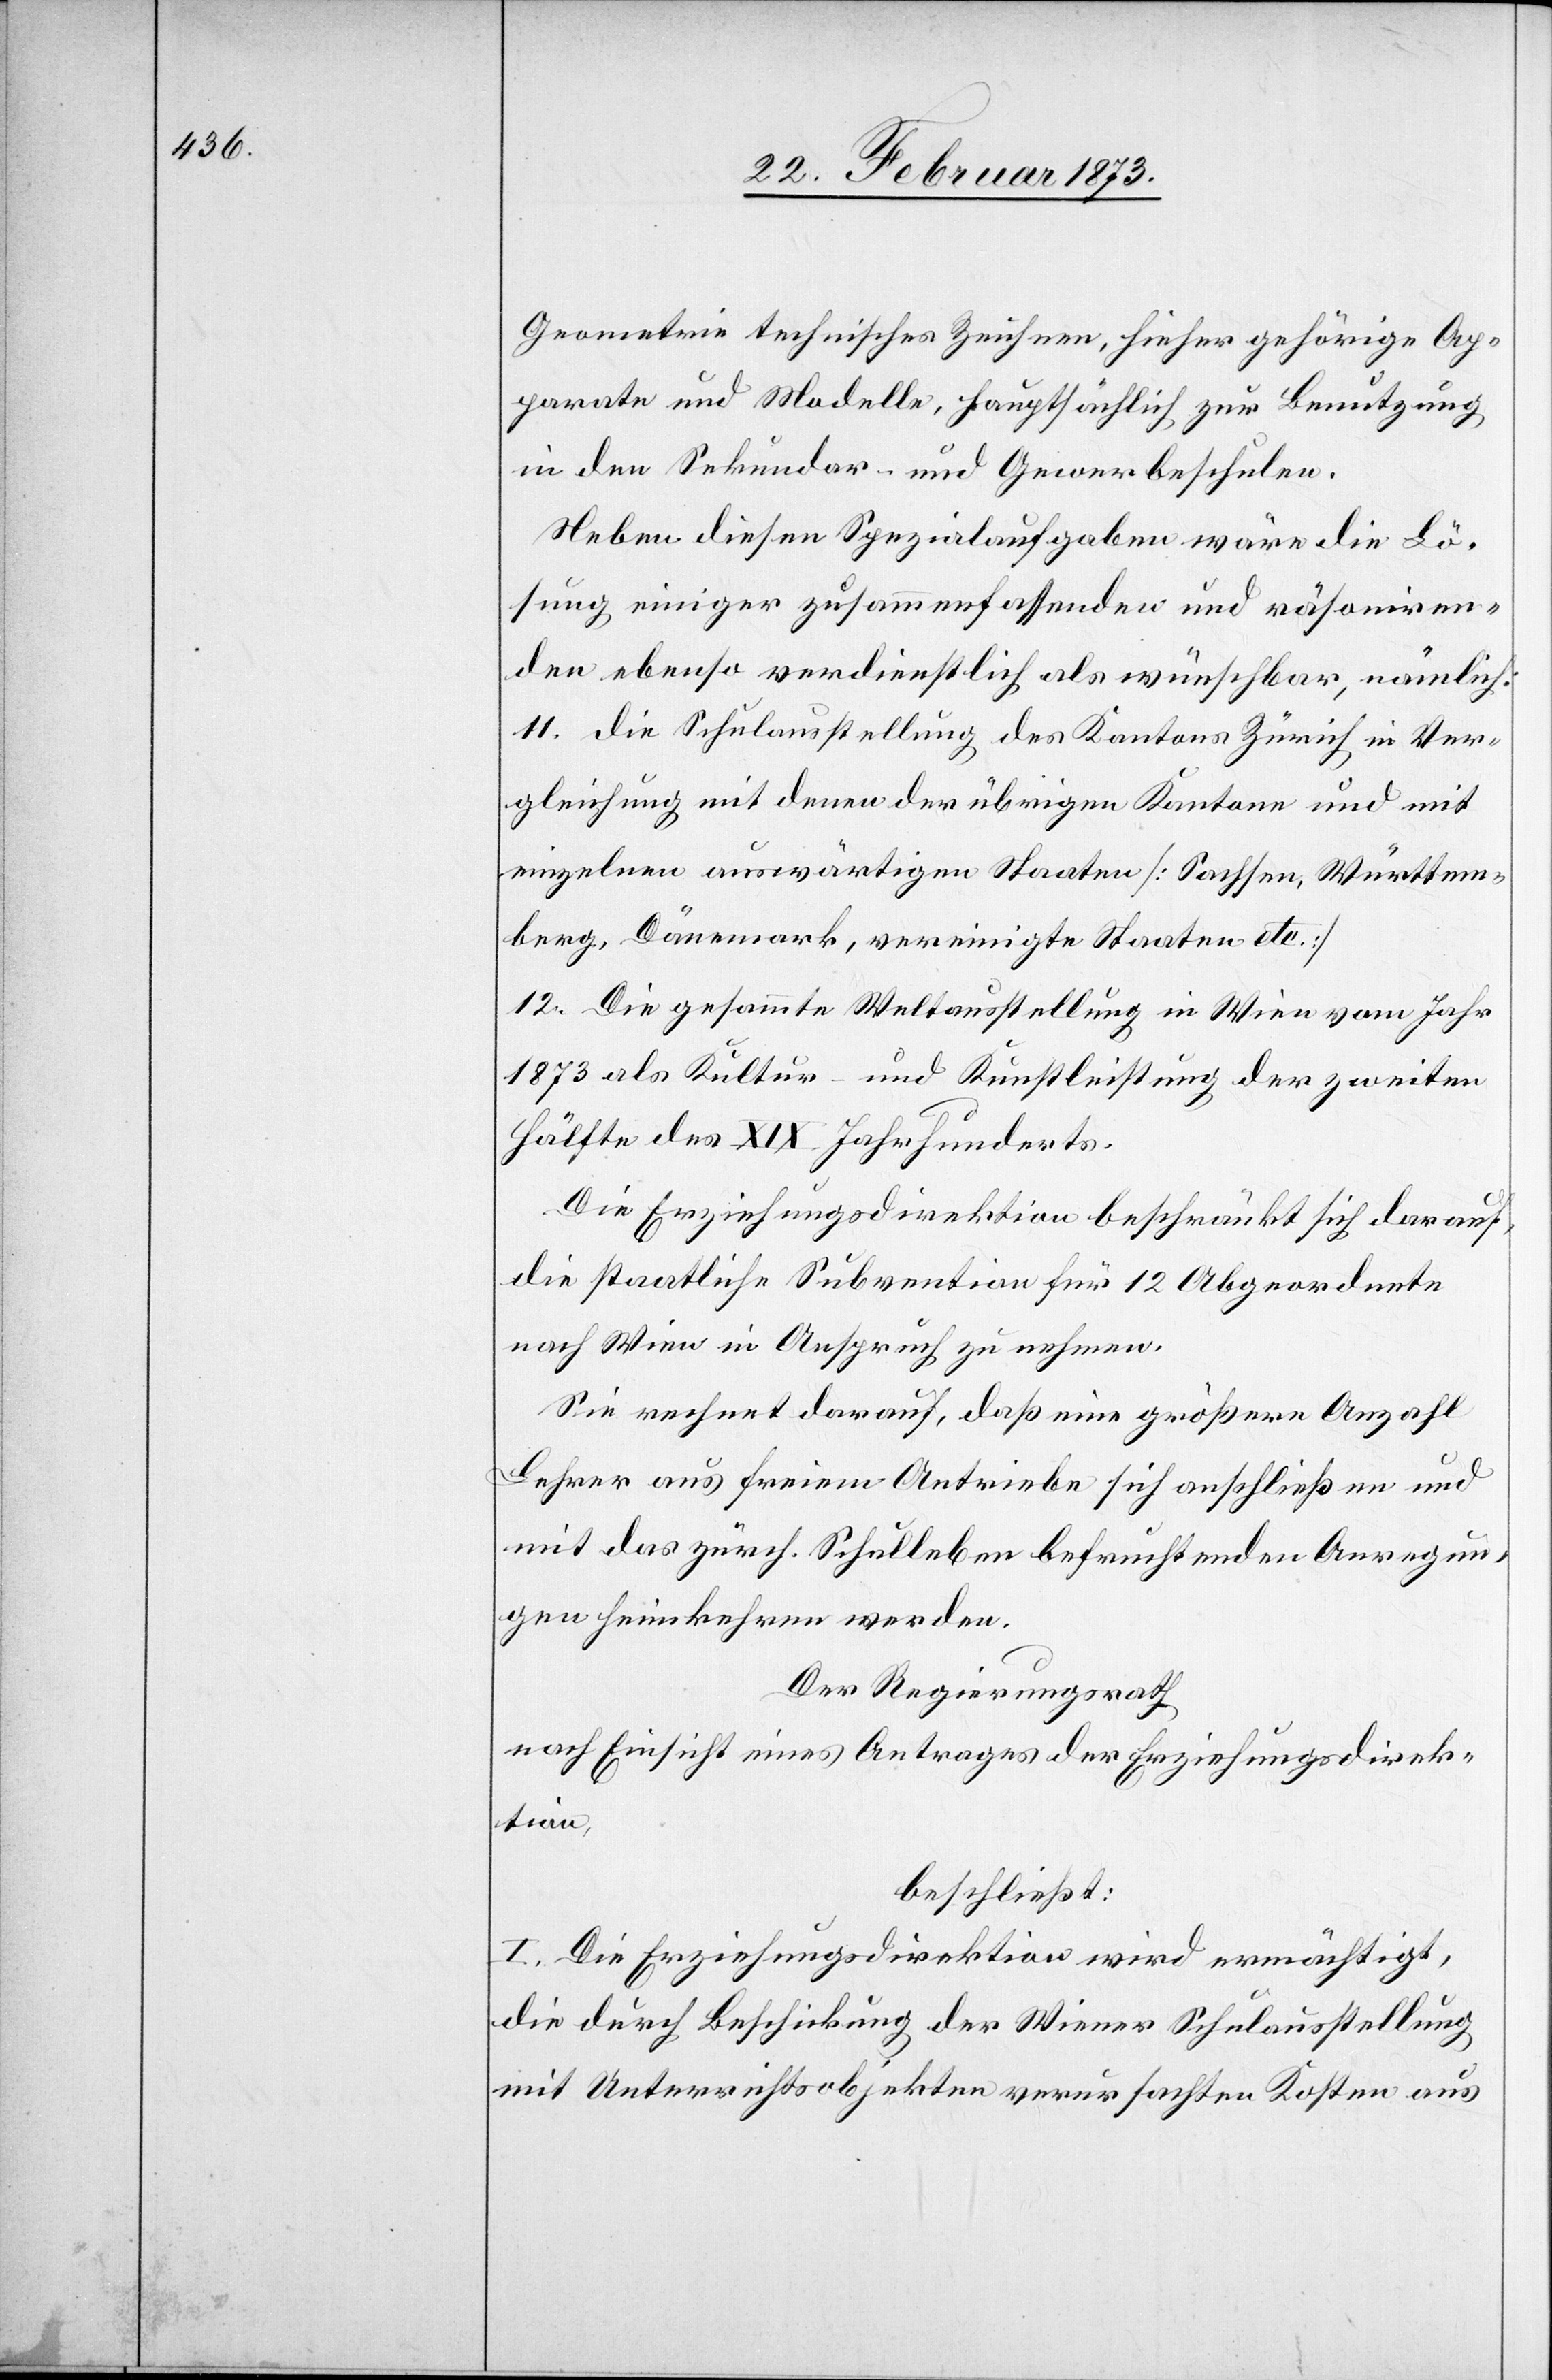
Geometrie[,] technisches Zeichnen, hieher gehörige Ap¬
parate und Modelle, hauptsächlich zur Benutzung
in den Sekundar- und Gewerbeschulen.
Neben diesen Spezialaufgaben wäre die Lö¬
sung einiger zusammenfassenden und räsoniren¬
den ebenso verdienstlich als wünschbar, nämlich:
11. die Schulausstellung des Kantons Zürich in Ver¬
gleichung mit denen der übrigen Kantone und mit
einzelnen auswärtigen Staaten [Sachsen, Württem¬
berg, Dänemark, vereinigte Staaten etc.]
12. Die gesammte Weltausstellung in Wien vom Jahr
1873 als Kultur- und Kunstleistung der zweiten
Hälfte des XIX. Jahrhunderts.
Die Erziehungsdirektion beschränkt sich darauf,
die staatliche Subvention für 12 Abgeordnete
nach Wien in Anspruch zu nehmen.
Sie rechnet darauf, daß eine größere Anzahl
Lehrer aus freiem Antriebe sich anschließen und
mit das zürch. Schulleben befruchtenden Anregun¬
gen heimkehren werden.
Der Regierungsrath
nach Einsicht eines Antrages der Erziehungsdirek¬
tion,
beschließt:
I. Die Erziehungsdirektion wird ermächtigt,
die durch Beschickung der Wiener Schulausstellung
mit Unterrichtsobjekten verursachten Kosten aus